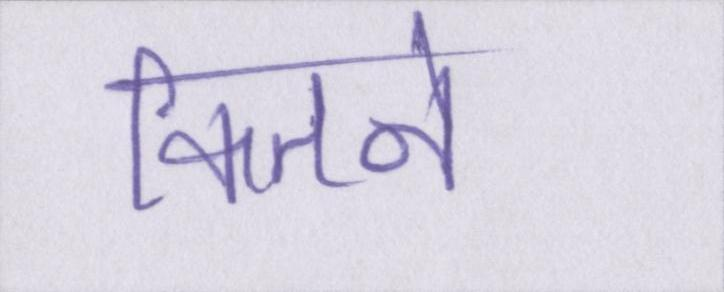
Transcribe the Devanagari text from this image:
कितने